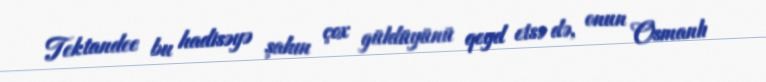
Tektandee bu hadisəyə şahın çox güldüyünü qeyd etsə də, onun Osmanlı